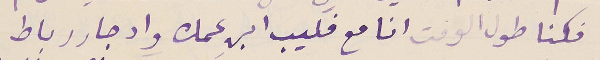
فكنا طول الوقت انا مع فليب ابن عمك وادجار رباط